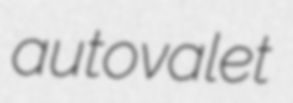
autovalet